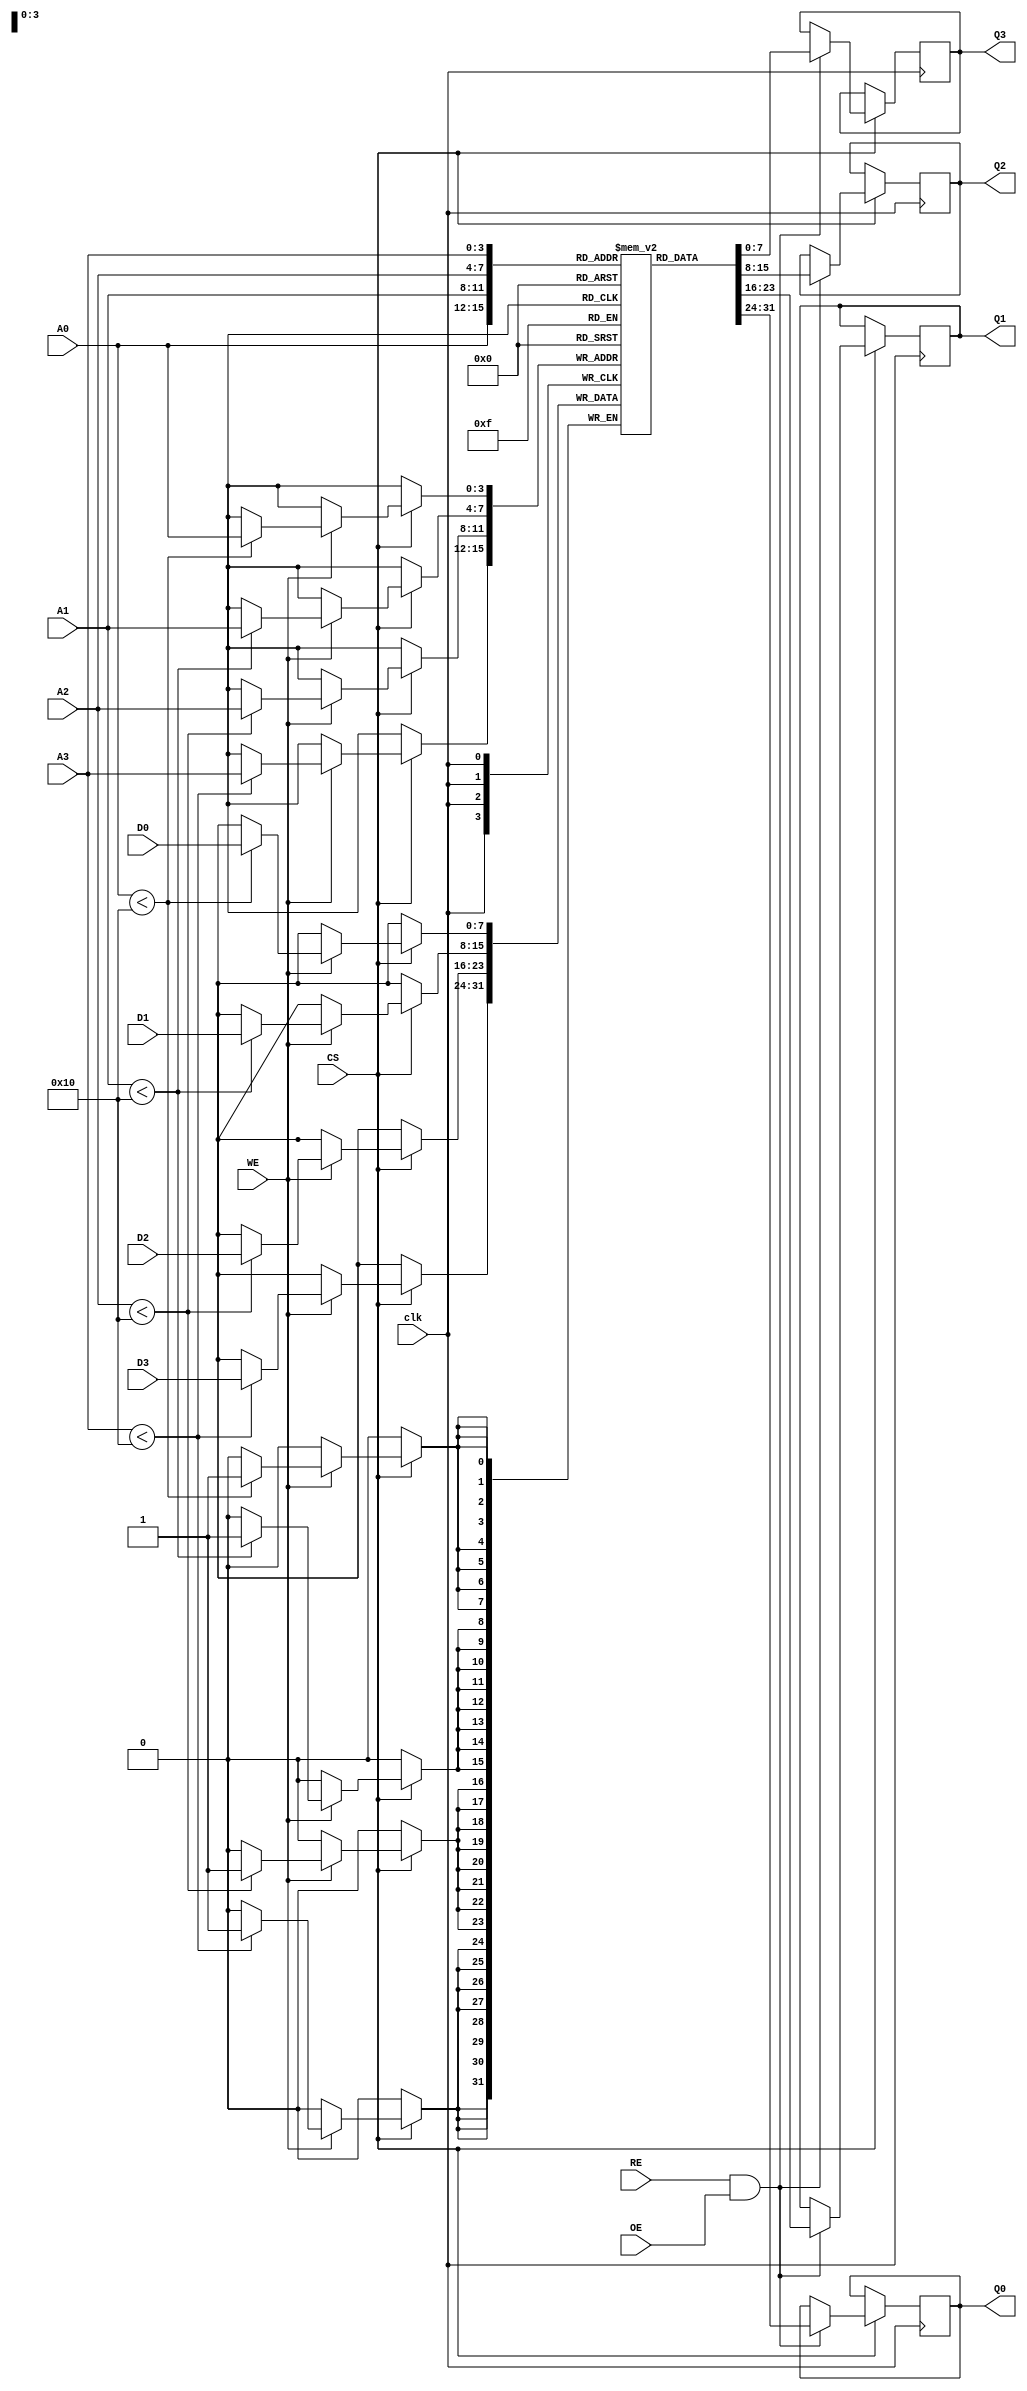
module MPSRAM #(
    parameter DATA_WIDTH = 8,  // Width of each data port
    parameter ADDR_WIDTH = 4,   // Width of address bus
    parameter NUM_PORTS = 4,     // Number of data ports
    parameter MEM_DEPTH = 16     // Depth of the memory
)(
    // Data Ports
    input  [DATA_WIDTH-1:0] D0, D1, D2, D3,
    output reg [DATA_WIDTH-1:0] Q0, Q1, Q2, Q3,
    
    // Address Ports
    input  [ADDR_WIDTH-1:0] A0, A1, A2, A3,
    
    // Control Signals
    input  RE, WE, CS, OE,
    
    // Clock
    input clk
);

    // Memory Array
    reg [DATA_WIDTH-1:0] mem [0:MEM_DEPTH-1];

    // Read Logic
    always @(posedge clk) begin
        if (CS) begin
            if (RE && OE) begin
                Q0 <= mem[A0]; // Read for port 0
                Q1 <= mem[A1]; // Read for port 1
                Q2 <= mem[A2]; // Read for port 2
                Q3 <= mem[A3]; // Read for port 3
            end
        end
    end

    // Write Logic
    always @(posedge clk) begin
        if (CS) begin
            if (WE) begin
                if (A0 < MEM_DEPTH) mem[A0] <= D0; // Write for port 0
                if (A1 < MEM_DEPTH) mem[A1] <= D1; // Write for port 1
                if (A2 < MEM_DEPTH) mem[A2] <= D2; // Write for port 2
                if (A3 < MEM_DEPTH) mem[A3] <= D3; // Write for port 3
            end
        end
    end

endmodule